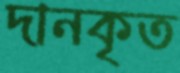
দানকৃত